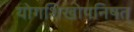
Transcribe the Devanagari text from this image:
योगशिखोपनिषत्‌